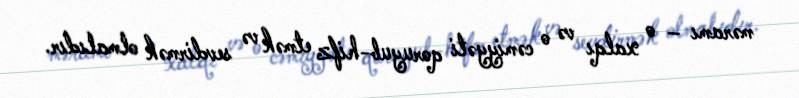
məramı – o xalqı və o cəmiyyəti qoruyub-hifz etmək və sevdirmək olmalıdır.